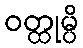
ဝတ္ထုမ္ပိ